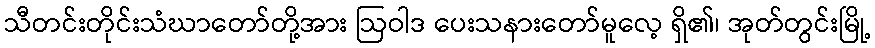
သီတင်းတိုင်းသံဃာတော်တို့အား ဩဝါဒ ပေးသနားတော်မူလေ့ ရှိ၏၊ အုတ်တွင်းမြို့